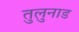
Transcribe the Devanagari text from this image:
तुलुनाड